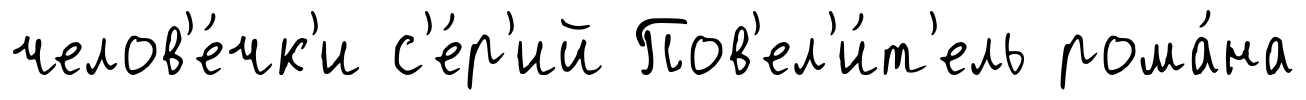
челов'е́чк'и с'е́р'ий Пов'ел'и́т'ель рома́на